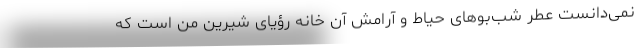
نمی‌دانست عطر شب‌بوهای حیاط و آرامش آن خانه رؤیای شیرین من است که